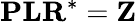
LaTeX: \mathbf{P}\mathbf{L}\mathbf{R}^{*}=\mathbf{Z}